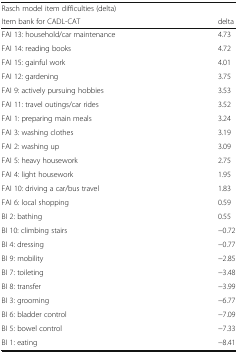
| Rasch model item difficulties (delta) |  |
 | Item bank for CADL-CAT | delta |
 | --- | --- |
 | FAI 13: household/car maintenance | 4.73 |
 | FAI 14: reading books | 4.72 |
 | FAI 15: gainful work | 4.01 |
 | FAI 12: gardening | 3.75 |
 | FAI 9: actively pursuing hobbies | 3.53 |
 | FAI 11: travel outings/car rides | 3.52 |
 | FAI 1: preparing main meals | 3.24 |
 | FAI 3: washing clothes | 3.19 |
 | FAI 2: washing up | 3.09 |
 | FAI 5: heavy housework | 2.75 |
 | FAI 4: light housework | 1.95 |
 | FAI 10: driving a car/bus travel | 1.83 |
 | FAI 6: local shopping | 0.59 |
 | BI 2: bathing | 0.55 |
 | BI 10: climbing stairs | −0.72 |
 | BI 4: dressing | −0.77 |
 | BI 9: mobility | −2.85 |
 | BI 7: toileting | −3.48 |
 | BI 8: transfer | −3.99 |
 | BI 3: grooming | −6.77 |
 | BI 6: bladder control | −7.09 |
 | BI 5: bowel control | −7.33 |
 | BI 1: eating | −8.41 |